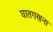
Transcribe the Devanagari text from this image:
घातगणना